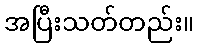
အပြီးသတ်တည်း။